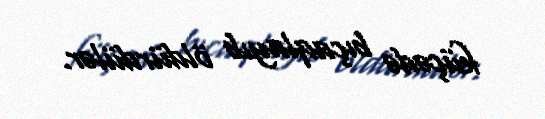
küçədə bıçaqlayıb öldürdülər.